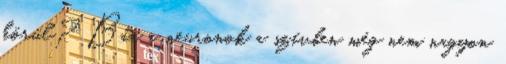
körül? Bár a neuronok a szívben még nem nagyon